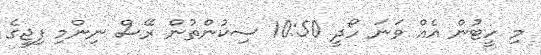
މި ހީޓުން އެއް ވަނަ ހޯދީ 10:50 ސިކުންތުން ރޭސް ނިންމި ފިޖީގެ